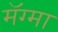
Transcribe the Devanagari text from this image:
मॅग्मा